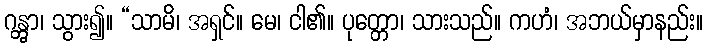
ဂန္တွာ၊ သွား၍။ “သာမိ၊ အရှင်။ မေ၊ ငါ၏။ ပုတ္တော၊ သားသည်။ ကဟံ၊ အဘယ်မှာနည်း။